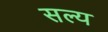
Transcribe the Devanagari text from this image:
सल्य